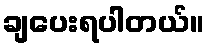
ချပေးရပါတယ်။